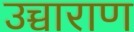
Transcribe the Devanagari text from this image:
उच्चाराण